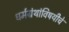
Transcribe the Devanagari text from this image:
धर्मग्रंथांविषयीचे